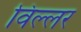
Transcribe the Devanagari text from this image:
विल्लर